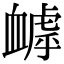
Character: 𧗌